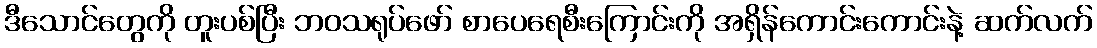
ဒီသောင်တွေကို တူးပစ်ပြီး ဘဝသရုပ်ဖော် စာပေရေစီးကြောင်းကို အရှိန်ကောင်းကောင်းနဲ့ ဆက်လက်